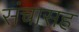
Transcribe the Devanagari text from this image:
संचासह